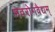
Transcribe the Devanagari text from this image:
भवरोगवैद्यम्